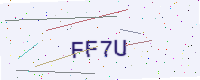
Text: FF7U